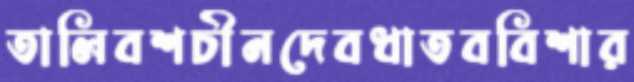
তালিবশচীনদেবধাতববিশার